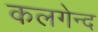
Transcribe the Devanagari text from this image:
कलगेन्द